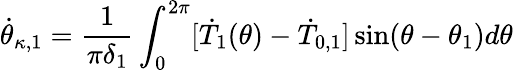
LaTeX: \dot{\theta}_{\kappa,1}=\frac{1}{\pi\delta_{1}}\int_{0}^{2\pi}[\dot{T}_{1}(\theta)-\dot{T}_{0,1}]\sin(\theta-\theta_{1})d\theta